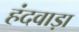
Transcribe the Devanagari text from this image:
हंदवाड़ा